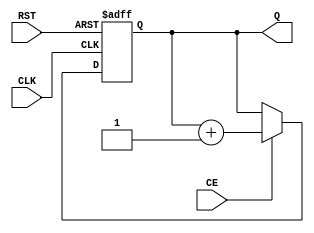
module dynamic_asynchronous_counter(
    input wire CE,      // Count Enable
    input wire RST,     // Reset
    input wire CLK,     // Clock
    output reg [N-1:0] Q // Count Output, N is the width of the counter
);
    parameter N = 4; // Number of bits for the counter

    // Initial state of counter
    initial begin
        Q = 0;
    end

    always @(posedge CLK or posedge RST) begin
        if (RST) begin
            Q <= 0; // Reset the counter to zero
        end else if (CE) begin
            Q <= Q + 1; // Increment the counter
        end
    end

endmodule